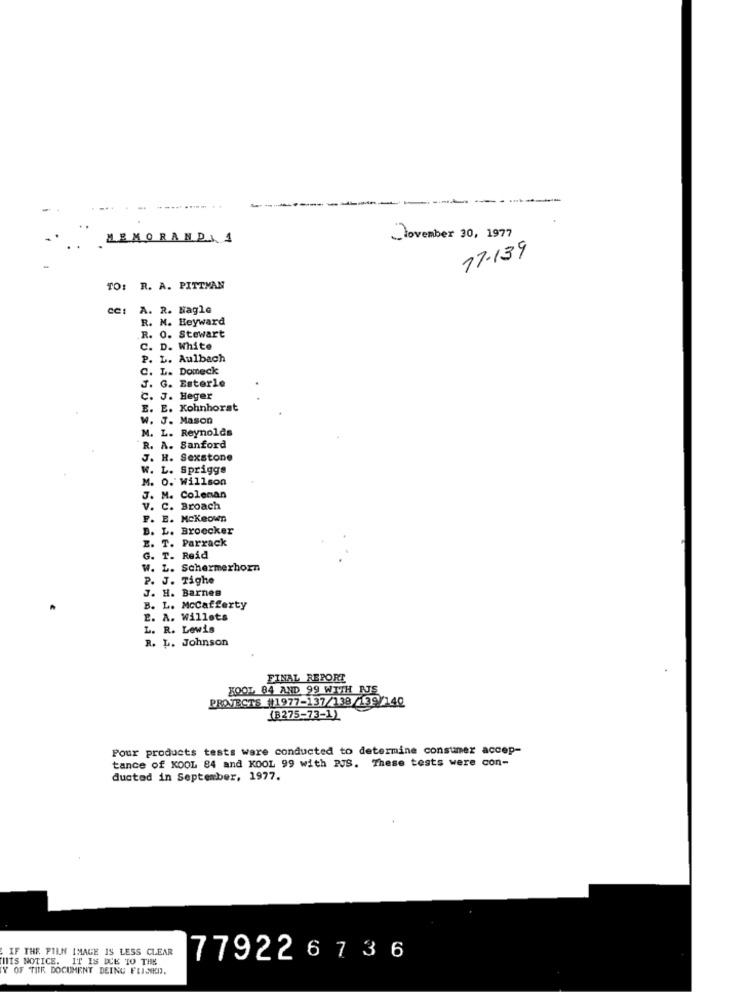
- --
MEMORANDA 1
November 30, 1977
77-139
TO: R. A. PITTMAN
A. R. Nagle
R. M. Heyward
R. O. Stewart
C. D. White
P. L. Aulbach
C. L. Domeck
. G. Esterle
C. J. Heger
E. E. Kohnhorst
W. J. Mason
M. L. Reynolds
R. A. Sanford
J. H. Sexstone
W. L. Spriggs
M. O. Willson
J. M. Colenan
v. C. Broach
F. E. Mckeown
B. L. Broecker
E. T. Parrack
G. T. Reid
W. L. Schermerhorn
P. J. Tighe
J. H. Barnes
B. L. Mccafferty
E. A. Willets
L. R. Lewis
R. L. Johnson
FINAL REPORT
PROTECTS #11977-137/138/139/140
KOOL, 84 AND 99 WITH AJS
(B275-73-1)
Pour products tests were conducted to determine consumer accep-
tance of KOOL 84 and KOOL 99 with PJS. These tests were con-
ducted in September, 1977.
IF THE FILN IMAGE IS LESS CLEAR
THIS NOTICE. IT IS DUE TO THE
779226736
Y OF THE DOCUMENT DEING FUISIND.